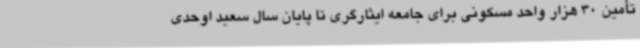
تأمین 30 هزار واحد مسکونی برای جامعه ایثارگری تا پایان سال سعید اوحدی